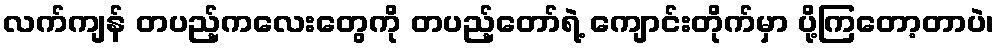
လက်ကျန် တပည့်ကလေးတွေကို တပည့်တော်ရဲ့ ကျောင်းတိုက်မှာ ပို့ကြတော့တာပဲ၊